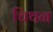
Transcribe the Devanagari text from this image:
चिथन